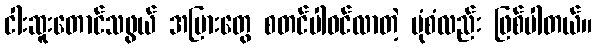
ငါးဆူးတောင်သဖွယ် အပြားတွေ စတင်ပါဝင်လာတဲ့ ပုံစံလည်း ဖြစ်ပါတယ်။